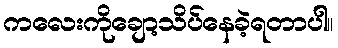
ကလေးကိုချော့သိပ်နေခဲ့ရတာပါ။